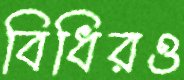
বিধিরও